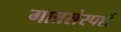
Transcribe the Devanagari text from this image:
गात्रसंस्पर्श